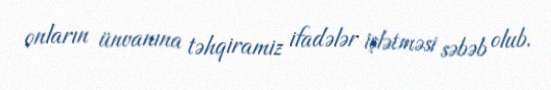
onların ünvanına təhqiramiz ifadələr işlətməsi səbəb olub.